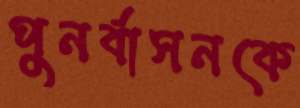
পুনর্বাসনকে